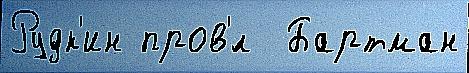
Рудк'ин пров'́л  Бартман